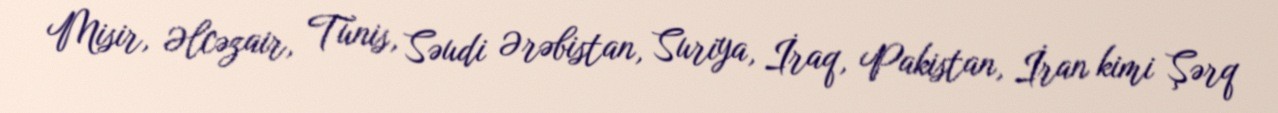
Misir, Əlcəzair, Tunis, Səudi Ərəbistan, Suriya, İraq, Pakistan, İran kimi Şərq